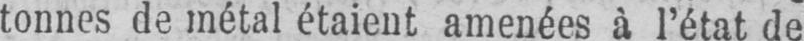
tonnes de métal étaient amenées à l’état de